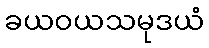
ခယဝယသမုဒယံ